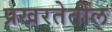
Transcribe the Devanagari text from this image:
प्रखरतेतील